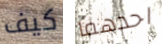
كيف احدهما